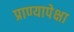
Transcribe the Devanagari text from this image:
प्राण्यापेक्षा